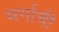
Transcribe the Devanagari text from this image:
मर्गाची